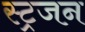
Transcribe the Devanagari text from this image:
स्ट्रजन